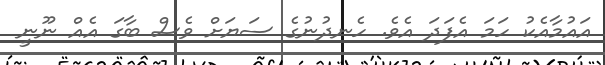
އައުމާއެކު ހަމަ އެފަދަ އެވެ. ހެނދުނުގެ ސަޔަށް ވެސް ބާގަ އެއް ނޫނީ